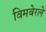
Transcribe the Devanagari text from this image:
विमबेरले